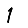
Digit: 1